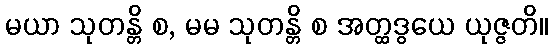
မယာ သုတန္တိ စ, မမ သုတန္တိ စ အတ္ထဒွယေ ယုဇ္ဇတိ။